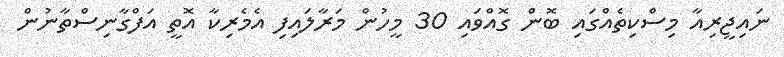
ނައިޖީރިއާ މިސްކިތެއްގައި ބޮން ގޮއްވައި 30 މީހުން މަރާލައިފި އެމެރިކާ އޮތީ އަފްގާނިސްތާނުން